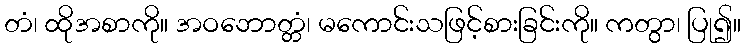
တံ၊ ထိုအစာကို။ အဝဘောတ္တံ၊ မကောင်းသဖြင့်စားခြင်းကို။ ကတွာ၊ ပြု၍။